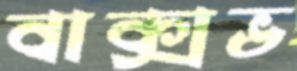
বাক্সভ